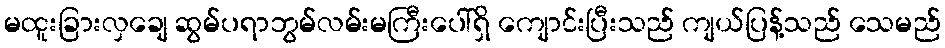
မထူးခြားလှချေ ဆွမ်ပရာဘွမ်လမ်းမကြီးပေါ်ရှိ ကျောင်းပြီးသည် ကျယ်ပြန့်သည် သေမည်